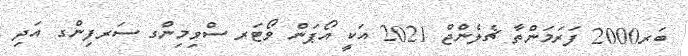
ބަރ2000 ފަރަމަންތާ ޗެލެންޖް 2021 އަކީ އޯޕަން ވޯޓަރ ސްވިމިންގ ސަރފިންގ އަދި